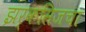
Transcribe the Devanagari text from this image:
झर्कसिजचा